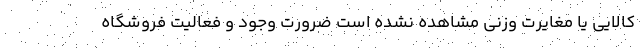
کالایی یا مغایرت وزنی مشاهده نشده است ضرورت وجود و فعالیت فروشگاه